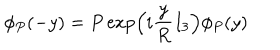
LaTeX: \phi _ { P } ( - y ) = P \exp \left( i \frac { y } { R } I _ { 3 } \right) \phi _ { P } ( y )